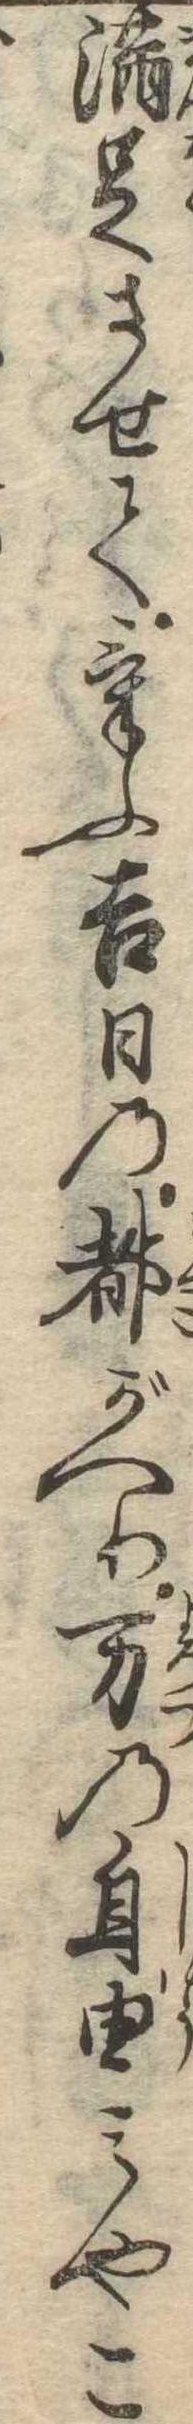
満足させてけふ吉日の都がへり万の自由みやこ